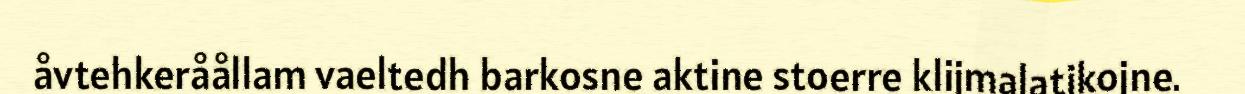
åvtehkeråållam vaeltedh barkosne aktine stoerre klijmalatjkojne.